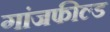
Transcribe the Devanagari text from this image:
गांजफील्ड